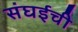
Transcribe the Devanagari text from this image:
संघईची